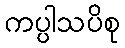
ကပ္ပါသပိစု